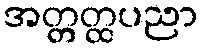
အတ္တတ္ထပညာ